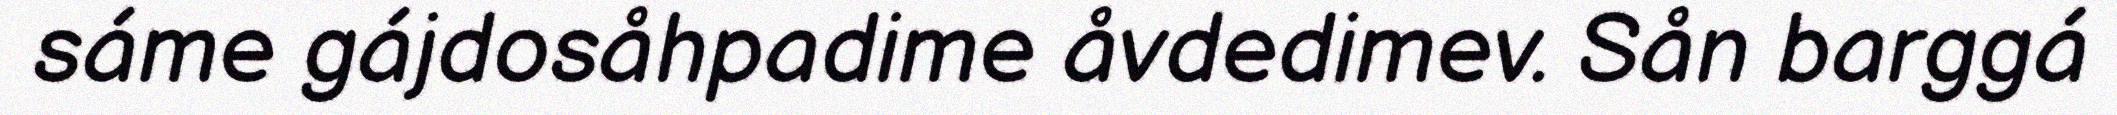
sáme gájdosåhpadime åvdedimev. Sån barggá